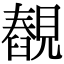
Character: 䚎